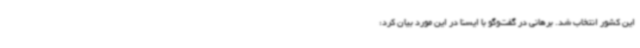
این کشور انتخاب شد. برهانی در گفت‌وگو با ایسنا در این مورد بیان کرد: